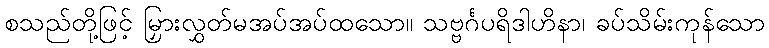
စသည်တို့ဖြင့် မြှားလွှတ်မအပ်အပ်ထသော။ သဗ္ဗင်္ဂပရိဒါဟိနာ၊ ခပ်သိမ်းကုန်သော